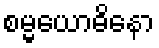
စမ္မယောဓိနော